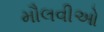
મૌલવીઓ